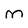
Character: m